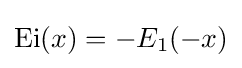
\operatorname {Ei} (x)=-E_{1}(-x)